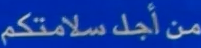
منأجلسلامتكم